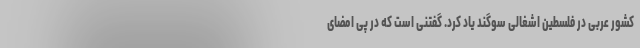
کشور عربی در فلسطین اشغالی سوگند یاد کرد. گفتنی است که در پی امضای